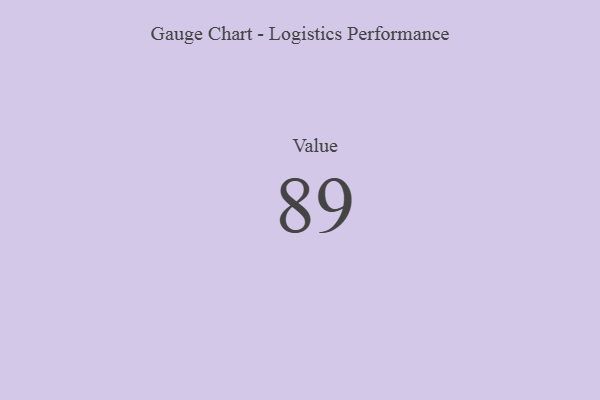
{"axis": {"x": "Metric", "y": "Value"}, "legend": [""], "data": [{"x": "Value", "y": 89, "type": ""}]}